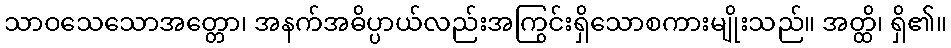
သာဝသေသောအတ္တော၊ အနက်အဓိပ္ပာယ်လည်းအကြွင်းရှိသောစကားမျိုးသည်။ အတ္ထိ၊ ရှိ၏။